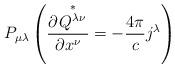
LaTeX: \begin{align*}P_{\mu\lambda}\left( \frac{\partial\overset{\ast}{\left. Q^{\lambda\nu}\right. }}{\partial x^{\nu}}=-\frac{4\pi}{c}j^{\lambda}\right)\end{align*}